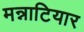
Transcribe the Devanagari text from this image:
मन्नाटियार